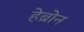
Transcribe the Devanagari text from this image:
हेब्रोन